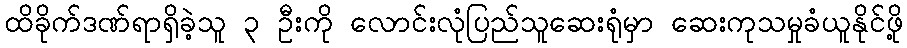
ထိခိုက်ဒဏ်ရာရှိခဲ့သူ ၃ ဦးကို လောင်းလုံပြည်သူဆေးရုံမှာ ဆေးကုသမှုခံယူနိုင်ဖို့